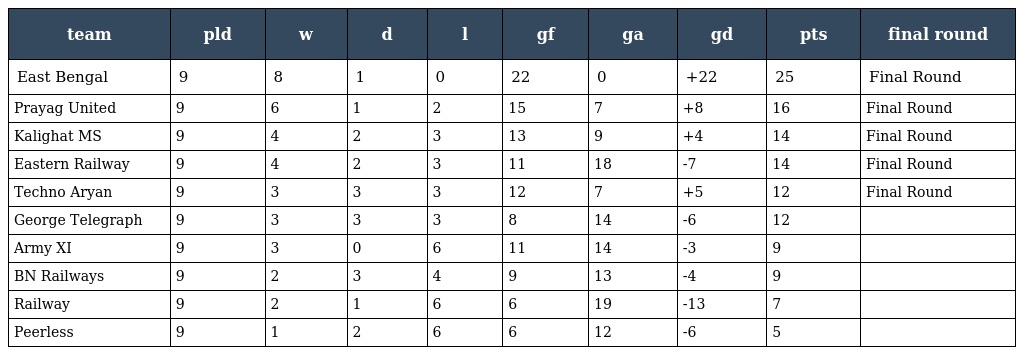
| team | pld | w | d | l | gf | ga | gd | pts | final round |
 | --- | --- | --- | --- | --- | --- | --- | --- | --- | --- |
 | East Bengal | 9 | 8 | 1 | 0 | 22 | 0 | +22 | 25 | Final Round |
 | Prayag United | 9 | 6 | 1 | 2 | 15 | 7 | +8 | 16 | Final Round |
 | Kalighat MS | 9 | 4 | 2 | 3 | 13 | 9 | +4 | 14 | Final Round |
 | Eastern Railway | 9 | 4 | 2 | 3 | 11 | 18 | -7 | 14 | Final Round |
 | Techno Aryan | 9 | 3 | 3 | 3 | 12 | 7 | +5 | 12 | Final Round |
 | George Telegraph | 9 | 3 | 3 | 3 | 8 | 14 | -6 | 12 |  |
 | Army XI | 9 | 3 | 0 | 6 | 11 | 14 | -3 | 9 |  |
 | BN Railways | 9 | 2 | 3 | 4 | 9 | 13 | -4 | 9 |  |
 | Railway | 9 | 2 | 1 | 6 | 6 | 19 | -13 | 7 |  |
 | Peerless | 9 | 1 | 2 | 6 | 6 | 12 | -6 | 5 |  |